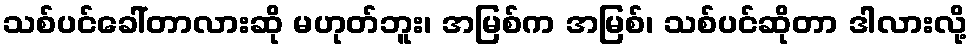
သစ်ပင်ခေါ်တာလားဆို မဟုတ်ဘူး၊ အမြစ်က အမြစ်၊ သစ်ပင်ဆိုတာ ဒါလားလို့